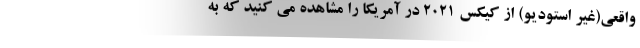
واقعی(غیر استودیو) از کیکس 2021 در آمریکا را مشاهده می کنید که به